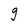
Character: g